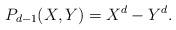
LaTeX: \begin{align*}P_{d-1}(X,Y) = X^d - Y^d.\end{align*}